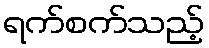
ရက်စက်သည့်